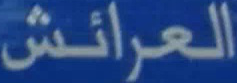
العرائش